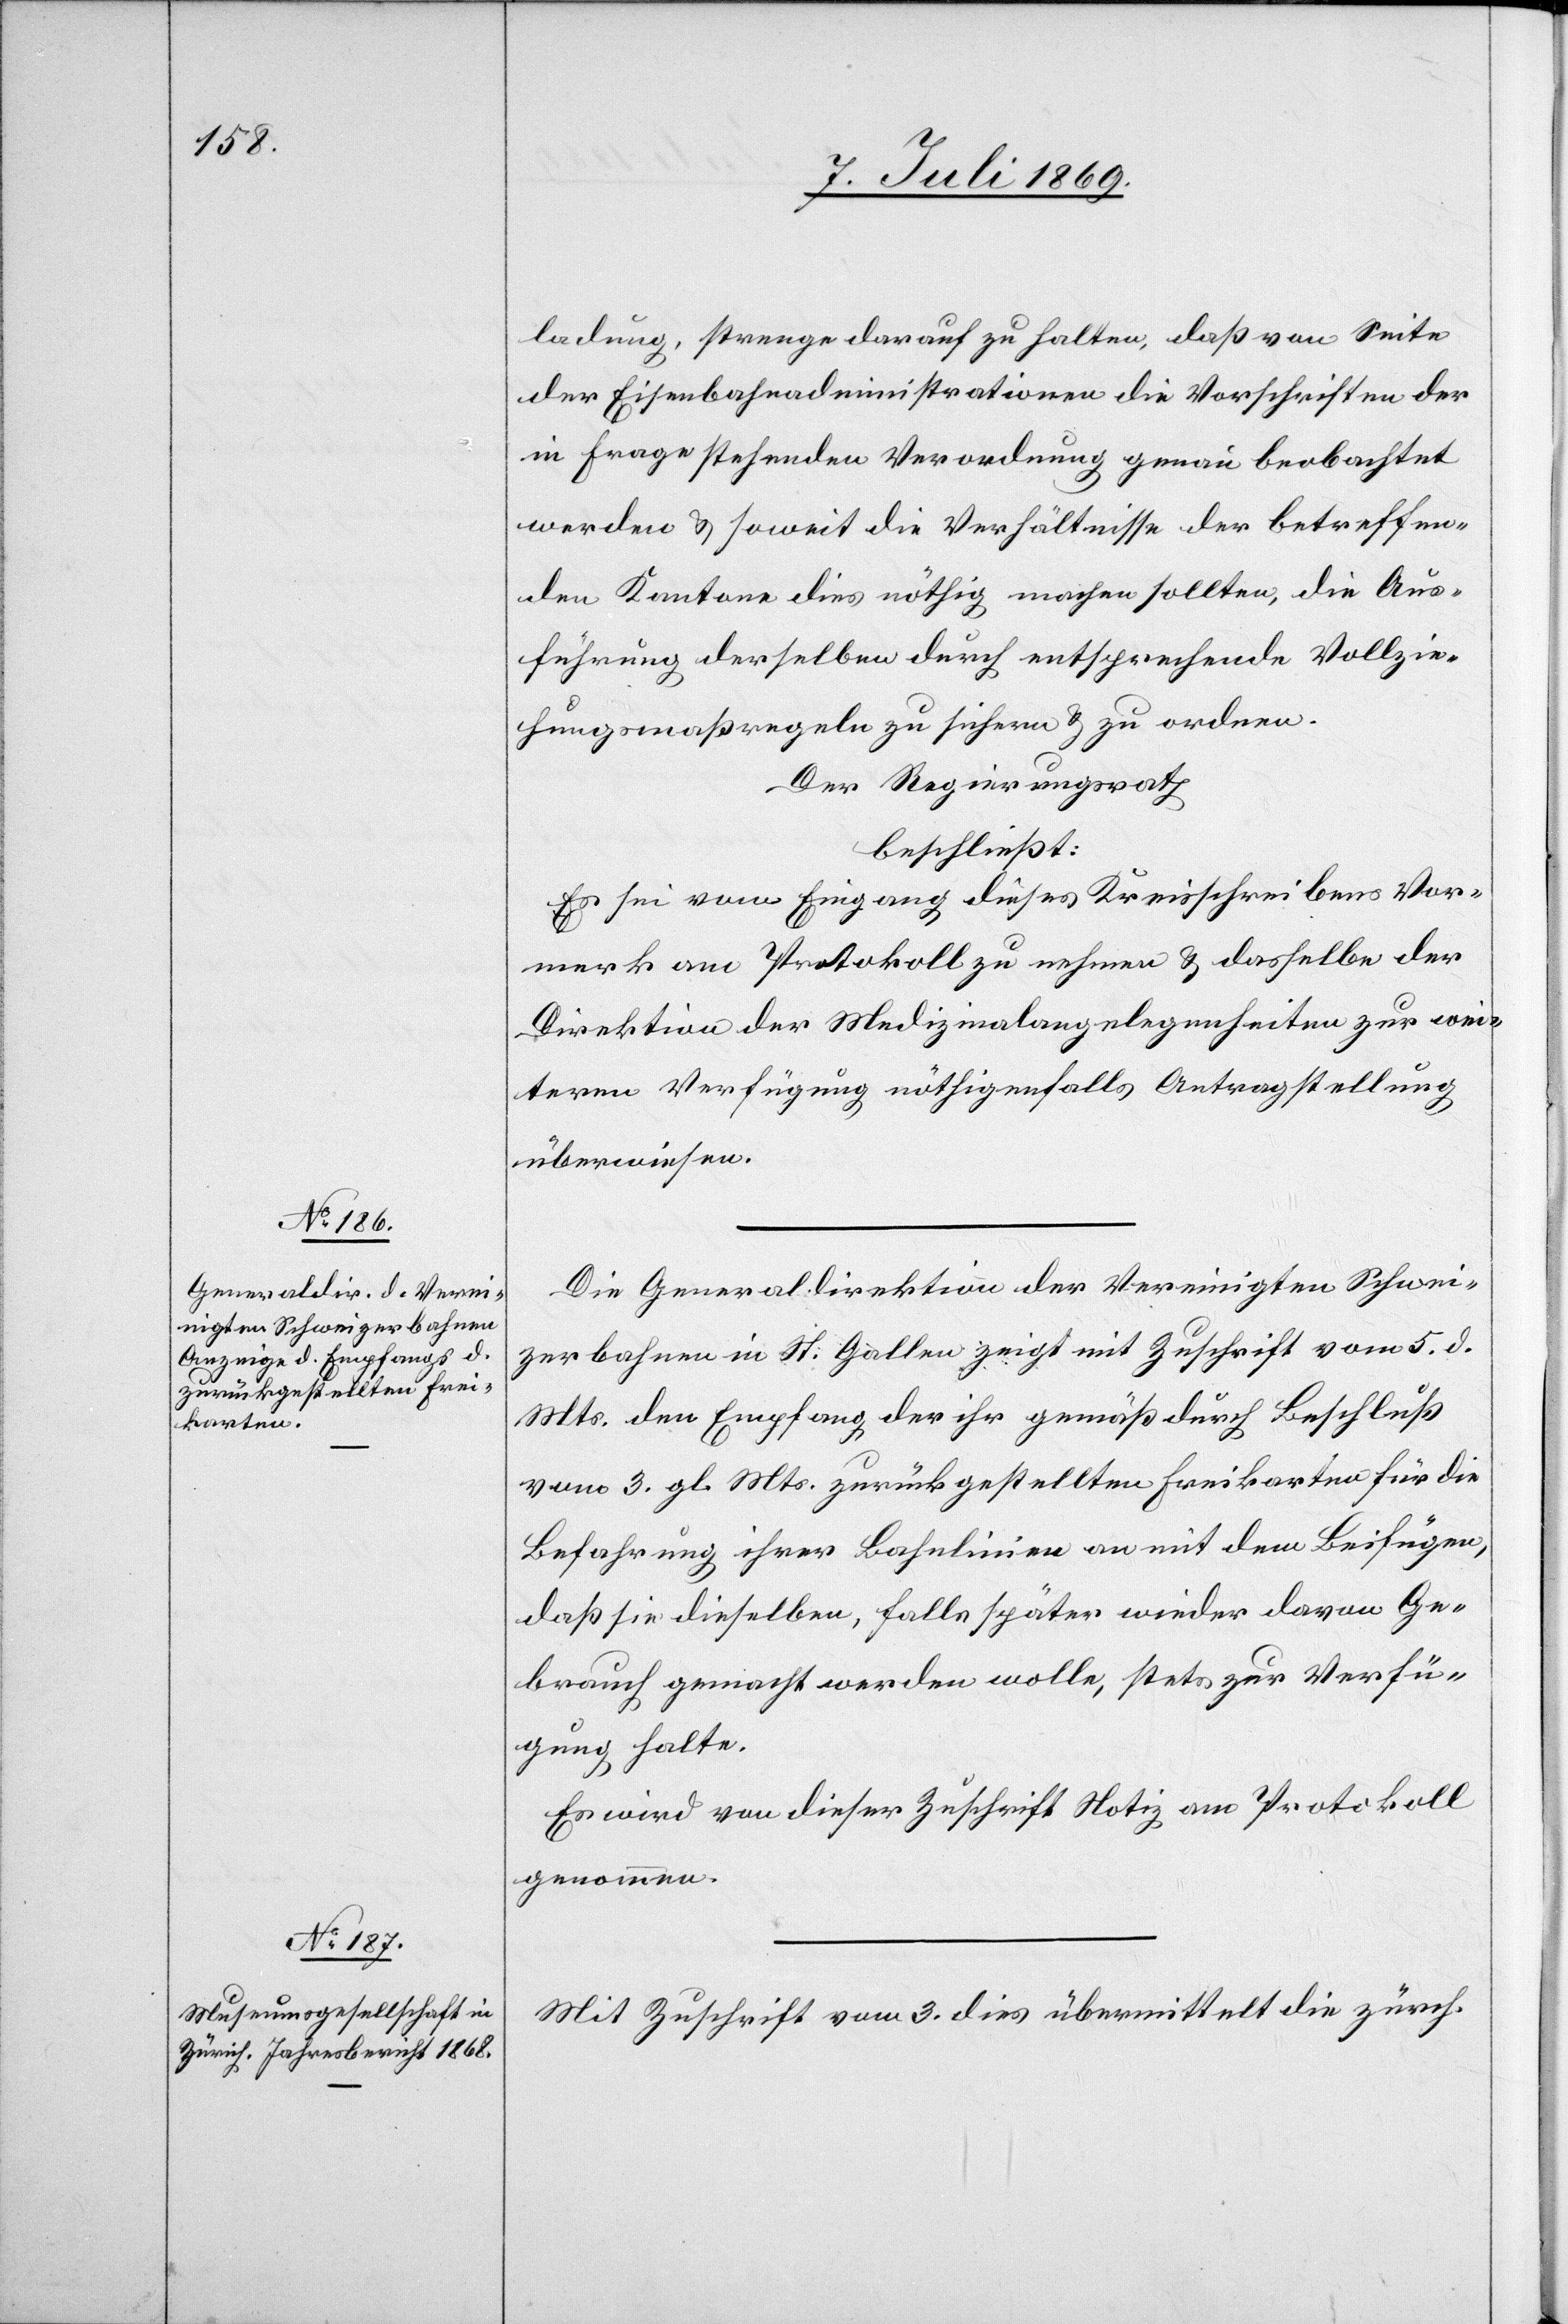
ladung, strenge darauf zu halten, daß von Seite
der Eisenbahnadministrationen die Vorschriften der
in Frage stehenden Verordnung genau beobachtet
werden u. soweit die Verhältnisse der betreffen¬
den Kantone dies nöthig machen sollten, die Aus¬
führung derselben durch entsprechende Vollzie¬
hungsmaßregeln zu sichern u. zu ordnen.
Der Regierungsrath
beschließt:
Es sei vom Eingang dieses Kreisschreibens Vor¬
merk am Protokoll zu nehmen u. dasselbe der
Direktion der Medizinalangelegenheiten zur wei¬
tern Verfügung nöthigenfalls Antragstellung
überwiesen.
Die Generaldirektion der Vereinigten Schwei¬
zerbahnen in St. Gallen zeigt mit Zuschrift vom 5 d.
Mts. den Empfang der ihr gemäß durch Beschluß
vom 3 gl. Mts. zurückgestellten Freikarten für die
Befahrung ihrer Bahnlinien an mit dem Beifügen,
daß sie dieselben, falls später wieder davon Ge¬
brauch gemacht werden wolle, stets zur Verfü¬
gung halte.
Es wird von dieser Zuschrift Notiz am Protokoll
genommen.
Mit Zuschrift vom 3 dies übermittelt die zürch.